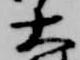
大